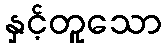
နှင့်တူသော